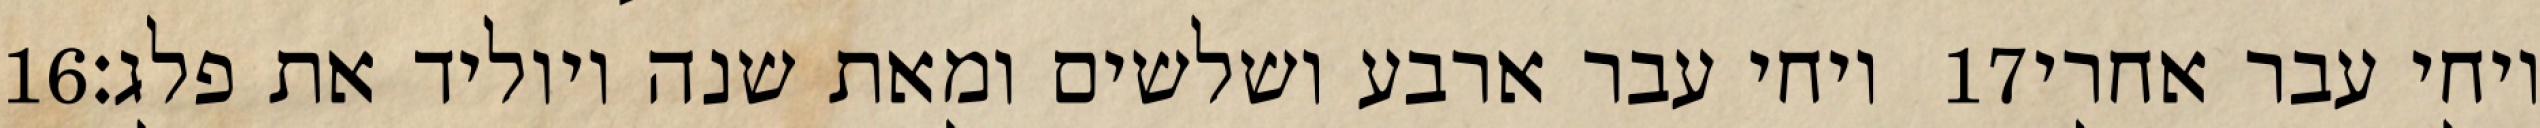
‎16‏ ויחי עבר ארבע ושלשים ומאת שנה ויוליד את פלג׃ ‎17‏ ויחי עבר אחרי